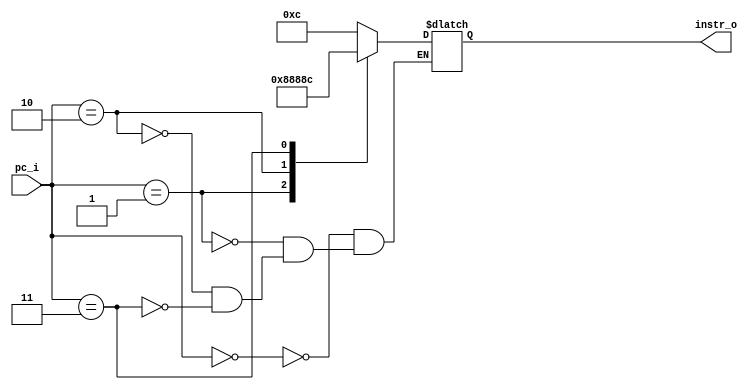
module inst_rom (
	//input clck,
	//input reset,
	input [7:0] pc_i,		
	output reg [7:0] instr_o
);

always@(*) begin 	// always * ?
	case (pc_i)
		// PROGRAM 1 - PRODUCT 
		2'h00: instr_o = 8'b00001100;	// otype rframe 0
		2'h01: instr_o = 8'b00001000;	// otype clear 0
		2'h02: instr_o = 8'b10001000;	// move 2 0
		2'h03: instr_o = 8'b10001100;	// move 3 0
		2'h04: instr_o = 8'b00110000;	// incdec 0 0 0 
		2'h05: instr_o = 8'b00001101;	// otype rframe 1
		2'h06: instr_o = 8'b00001000;	// otype clear 0
		2'h07: instr_o = 8'b01111000;	// seed 1 0 0
		2'h08: instr_o = 8'b10001000;	// move 2 0 
		2'h09: instr_o = 8'b10001100;	// move 3 0
		2'h0A: instr_o = 8'b00001100;	// otype rframe 0
		2'h0B: instr_o = 8'b10010100;	// load 1 0
		2'h0C: instr_o = 8'b00110000;	// incdec 0 0 0 
		2'h0D: instr_o = 8'b01110011;	// seed 0 1 1
		2'h0E: instr_o = 8'b10010100;	// load 1 0
		2'h0F: instr_o = 8'b00110000;	// incdec 0 0 0 
		//-- Set up conditional negation flag
		2'h10: instr_o = 8'b00001011;	// otype nset 1
		//-- Set jump(to) addresses
		2'h11: instr_o = 8'b10111100;	// focus 3 0
		2'h12: instr_o = 8'b11010001;	// upper 1
		2'h13: instr_o = 8'b11001000;	// lower 8 
		2'h14: instr_o = 8'b10111101;	// focus 3 1 
		2'h13: instr_o = 8'b11010001;	// upper 1
		2'h14: instr_o = 8'b11001110;	// lower 14
		//-- Setup overflow target
		2'h15: instr_o = 8'b10110110;	// focus 1 2 
		//-- LOOP1 $J0
		2'h16: instr_o = 8'b11110110;	// jumpif 1 2
		2'h17: instr_o = 8'b00000000;	// otype nop
		2'h18: instr_o = 8'b00011001;	// add 2 1
		2'h19: instr_o = 8'b00000110;	// otype ovrflw 0 
		2'h1A: instr_o = 8'b11110011; // jumpif 0 3
		2'h1B: instr_o = 8'b00111000;	// incdec 1 0 0
		//-- END1 $J1
		2'h1C: instr_o = 8'b10010100;	// load 1 0
		2'h1D: instr_o = 8'b00110000;	// incdec 0 0 0  
		2'h1E: instr_o = 8'b01110011; // seed 0 1 1
		2'h1F: instr_o = 8'b00001101;	// otype rframe 1
		2'h20: instr_o = 8'b00001000;	// otype clear 0
		2'h21: instr_o = 8'b00001100;	// otype rframe 0 
		//-- Setup jump(to) addresses
		2'h22: instr_o = 8'b10111110; // focus 3 2
		2'h23: instr_o = 8'b11010010;	// upper 2
		2'h24: instr_o = 8'b11001010;	// lower 10
		2'h25: instr_o = 8'b10111111;	// focus 3 3 
		2'h26: instr_o = 8'b11010011; // upper 3
		2'h27: instr_o = 8'b11000100;	// lower 4
		//-- LOOP2 $J2
		2'h28: instr_o = 8'b11111110;	// jumpif 3 2
		2'h29: instr_o = 8'b00000000;	// otype nop 
		2'h2A: instr_o = 8'b00001101; // otype rframe 1
		2'h2B: instr_o = 8'b00011110;	// add 3 2
		2'h2C: instr_o = 8'b00001100;	// otype rframe 0
		2'h2D: instr_o = 8'b10110111;	// focus 1 3 
		2'h2E: instr_o = 8'b00011110;	// add 3 2
		2'h2F: instr_o = 8'b00000110;	// otype ovrflw 0
		2'h30: instr_o = 8'b11111011;	// jumpif 2 3
		2'h31: instr_o = 8'b00111000;	// incdec 1 0 0 
		//-- END2 $J2
		2'h32: instr_o = 8'b00001101;	// otype rframe 1
		2'h33: instr_o = 8'b10110100;	// focus 1 0
		2'h34: instr_o = 8'b11000100;	// lower 4
		2'h35: instr_o = 8'b11010000;	// upper 0 
		2'h36: instr_o = 8'b10100011;	// store 0 3
		2'h37: instr_o = 8'b00001100;	// otype rframe 0
		2'h38: instr_o = 8'b10110000;	// focus 0 0
		2'h39: instr_o = 8'b11000101;	// lower 5
		2'h3A: instr_o = 8'b11010000;	// upper 0 
		2'h3B: instr_o = 8'b10100011;	// store 0 3
		2'h3C: instr_o = 8'b00000010;	// otype halt
		
		
		// PROGRAM 2 - STRING MATCH 
		2'h3D: instr_o = 8'b00001100;	// otype rframe 0
		2'h3E: instr_o = 8'b00001000;	// otype clear 0
		2'h3F: instr_o = 8'b10000100;	// move 1 0
		2'h40: instr_o = 8'b10001000;	// move 2 0
		2'h41: instr_o = 8'b10001100;	// move 3 0
		2'h42: instr_o = 8'b00001101;	// otype rframe 1
		2'h43: instr_o = 8'b00001000;	// otype clear 0
		2'h44: instr_o = 8'b10000100;	// move 1 0 
		//-- Store length of bit stream into $reg4
		2'h45: instr_o = 8'b10110100;	// focus 1 0 
		2'h46: instr_o = 8'b11010111;	// upper 3
		2'h47: instr_o = 8'b11001101;	// lower 13
		//-- Load pattern string from memory into $CL
		2'h48: instr_o = 8'b10110000;	// focus 0 0
		2'h49: instr_o = 8'b11000110;	// lower 6 
		2'h4A: instr_o = 8'b10010100;	// load 1 0
		2'h4B: instr_o = 8'b10110100;	// focus 1 0
		2'h4C: instr_o = 8'b11010000;	// upper 0
		//-- Initialize ptr = M[32], increment onwards
		2'h4D: instr_o = 8'b00001000;	// otype clear 0 
		2'h4E: instr_o = 8'b10110000;	// focus 0 0 
		2'h4F: instr_o = 8'b11010010;	// upper 2
		//-- Set jump(to) addresses 
		2'h50: instr_o = 8'b10111100;	// focus 3 0 
		2'h51: instr_o = 8'b11010001;	// upper 1 
		2'h52: instr_o = 8'b11001101;	// lower 13
		2'h53: instr_o = 8'b10111101;	// focus 3 1
		2'h54: instr_o = 8'b11010010;	// upper 2 
		2'h55: instr_o = 8'b11001101;	// lower 13
		2'h56: instr_o = 8'b10111110;	// focus 3 2
		2'h57: instr_o = 8'b11010010;	// upper 2
		2'h58: instr_o = 8'b11000110;	// lower 6 
		2'h59: instr_o = 8'b01110000; // seed 1 0 0
		//-- WHILE $J0
		2'h5A: instr_o = 8'b11110100;	// jumpif 1 0
		2'h5B: instr_o = 8'b01110000;	// seed 1 0 0
		2'h5C: instr_o = 8'b10011000;	// load 2 0  
		2'h5D: instr_o = 8'b10110010; // focus 0 2
		2'h5E: instr_o = 8'b01110101;	// seed 0 2 1
		2'h5F: instr_o = 8'b11101001;	// shift 4 1
		2'h60: instr_o = 8'b00001011;	// otype nset 1 
		2'h61: instr_o = 8'b11111000; // jumpif 2 0
		2'h62: instr_o = 8'b00111010;	// incdec 1 1 0
		//-- SKIP $J2
		2'h63: instr_o = 8'b00001100;	// otype rframe 0
		2'h64: instr_o = 8'b00110000;	// incdec 0 0 
		2'h65: instr_o = 8'b00110110; // incdec 0 3 0
		2'h66: instr_o = 8'b11110011;	// jumpif 0 3
		2'h67: instr_o = 8'b01111000;	// seed 1 0 0 
		//-- END_WHILE $J1
		2'h68: instr_o = 8'b00001101;	// otype rframe 1
		2'h69: instr_o = 8'b10110110; // focus 1 2 
		2'h6A: instr_o = 8'b11001001;	// lower 7
		2'h6B: instr_o = 8'b10101001;	// store 2 1
		2'h6C: instr_o = 8'b00000000;	// halt
	/*
		// PROGRAM 3 - CLOSEST PAIR
		2'h6D: instr_o = 8'b00011110;	// 
		2'h6E: instr_o = 8'b00000110;	// 
		2'h6F: instr_o = 8'b11111011;	// 
		2'h70: instr_o = 8'b00111000;	//  
		2'h71: instr_o = 8'b00001101;	// 
		2'h72: instr_o = 8'b10110100;	// 
		2'h73: instr_o = 8'b11000100;	// 
		2'h74: instr_o = 8'b11010000;	// 
		2'h75: instr_o = 8'b10100011;	// 
		2'h76: instr_o = 8'b00001100;	// 
		2'h77: instr_o = 8'b10110000;	// 
		2'h78: instr_o = 8'b11000101;	// 
		2'h79: instr_o = 8'b11010000;	// 
		2'h7A: instr_o = 8'b10100011;	// 
		2'h7B: instr_o = 8'b00000010;	//
		2'h7C: instr_o = 8'b00001100;	// 
		2'h7D: instr_o = 8'b00001000;	// 
		2'h7E: instr_o = 8'b10001000;	// 
		2'h7F: instr_o = 8'b10001100;	// 
		2'h80: instr_o = 8'b00110000;	//  
		2'h81: instr_o = 8'b00001101;	// 
		2'h82: instr_o = 8'b00001000;	// 
		2'h83: instr_o = 8'b01111000;	// 
		2'h84: instr_o = 8'b10001000;	//  
		2'h85: instr_o = 8'b10001100;	// 
		2'h86: instr_o = 8'b00001100;	// 
		2'h87: instr_o = 8'b10010100;	// 
		2'h88: instr_o = 8'b00110000;	//  
		2'h89: instr_o = 8'b01110011;	// 
		2'h8A: instr_o = 8'b10010100;	// 
		2'h8B: instr_o = 8'b00110000;	//  
		2'h8C: instr_o = 8'b00001011;	//  
		2'h8D: instr_o = 8'b10111100;	// 
		2'h8E: instr_o = 8'b11010001;	// 
		2'h8F: instr_o = 8'b11001000;	// 
		2'h90: instr_o = 8'b10111101;	//  
		2'h91: instr_o = 8'b11010001;	// 
		2'h92: instr_o = 8'b11001110;	// 
		2'h93: instr_o = 8'b10110110;	//  
		2'h94: instr_o = 8'b11110110;	// 
		2'h95: instr_o = 8'b00000000;	// 
		2'h96: instr_o = 8'b00011001;	// 
		2'h97: instr_o = 8'b00000110;	// 
		2'h98: instr_o = 8'b11110011; // 
		2'h99: instr_o = 8'b00111000;	//
		2'h9A: instr_o = 8'b10010100;	// 
		2'h9B: instr_o = 8'b00110000;	// 
		2'h9C: instr_o = 8'b01110011; // 
		2'h9D: instr_o = 8'b00001101;	//
		2'h9E: instr_o = 8'b00001000;	// 
		2'h9F: instr_o = 8'b00001100;	//
		2'hA0: instr_o = 8'b10111110; //
		2'hA1: instr_o = 8'b11010010;	// 
		2'hA2: instr_o = 8'b11001010;	// 
		2'hA3: instr_o = 8'b10111111;	// 
		2'hA4: instr_o = 8'b11010011; // 
		2'hA5: instr_o = 8'b11000100;	// 
		2'hA6: instr_o = 8'b11111110;	// 
		2'hA7: instr_o = 8'b00000000;	//
		2'hA8: instr_o = 8'b00001101; // 
		2'hA9: instr_o = 8'b00011110;	// 
		2'hAA: instr_o = 8'b00001100;	// 
		2'hAB: instr_o = 8'b10110111;	//  
		2'hAC: instr_o = 8'b00011110;	// 
		2'hAD: instr_o = 8'b00000110;	// 
		2'hAE: instr_o = 8'b11111011;	// 
		2'hAF: instr_o = 8'b00111000;	// 
		2'hB0: instr_o = 8'b00001101;	// 
		2'hB1: instr_o = 8'b10110100;	// 
		2'hB2: instr_o = 8'b11000100;	// 
		2'hB3: instr_o = 8'b11010000;	//
		2'hB4: instr_o = 8'b10100011;	//
		2'hB5: instr_o = 8'b00001100;	//
		2'hB6: instr_o = 8'b10110000;	// 
		2'hB7: instr_o = 8'b11000101;	// 
		2'hB8: instr_o = 8'b11010000;	// 
		2'hB9: instr_o = 8'b10100011;	//
		2'hBA: instr_o = 8'b00000010;	//		
		2'h3D: instr_o = 8'b00001100;	// 
		2'hBB: instr_o = 8'b00001000;	// 
		2'hBC: instr_o = 8'b10001000;	// 
		2'hBD: instr_o = 8'b10001100;	// 
		2'hBE: instr_o = 8'b00110000;	// 
		2'hBF: instr_o = 8'b00001101;	//
		2'hC0: instr_o = 8'b00001000;	//
		2'hC1: instr_o = 8'b01111000;	//
		2'hC2: instr_o = 8'b10001000;	//
		2'hC3: instr_o = 8'b10001100;	//
		2'hC4: instr_o = 8'b00001100;	//
		2'hC5: instr_o = 8'b10010100;	//
		2'hC6: instr_o = 8'b00110000;	// 
		2'hC7: instr_o = 8'b01110011;	// 
		2'hC8: instr_o = 8'b10010100;	// 
		2'hC9: instr_o = 8'b00110000;	// 
		2'hCA: instr_o = 8'b00001011;	// 
		2'hCB: instr_o = 8'b10111100;	// 
		2'hCC: instr_o = 8'b11010001;	// 
		2'hCD: instr_o = 8'b11001000;	//  
		2'hCE: instr_o = 8'b10111101;	// 
		2'hCF: instr_o = 8'b11010001;	// 
		2'hD0: instr_o = 8'b11001110;	// 
		2'hD1: instr_o = 8'b10110110;	// 
		2'hD2: instr_o = 8'b11110110;	// 
		2'hD3: instr_o = 8'b00000000;	// 
		2'hD4: instr_o = 8'b00011001;	// 
		2'hD5: instr_o = 8'b00000110;	// 
		2'hD6: instr_o = 8'b11110011; // 
		2'hD7: instr_o = 8'b00111000;	// 
		2'hD8: instr_o = 8'b10010100;	// 
		2'hD9: instr_o = 8'b00110000;	// 
		2'hDA: instr_o = 8'b01110011; // 
		2'hDB: instr_o = 8'b00001101;	// 
		2'hDC: instr_o = 8'b00001000;	// 
		2'hDD: instr_o = 8'b00001100;	// 
		2'hDE: instr_o = 8'b10111110; // 
		2'hDF: instr_o = 8'b11010010;	// 
		2'hE0: instr_o = 8'b11001010;	// 
		2'hE1: instr_o = 8'b10111111;	// 
		2'hE2: instr_o = 8'b11010011; // 
		2'hE3: instr_o = 8'b11000100;	// 
		2'hE4: instr_o = 8'b11111110;	// 
		2'hE5: instr_o = 8'b00000000;	// 
		2'hE6: instr_o = 8'b00001101; // 
		2'hE7: instr_o = 8'b00011110;	// 
		2'hE8: instr_o = 8'b00001100;	// 
		2'hE9: instr_o = 8'b10110111;	// 
		2'hEA: instr_o = 8'b00011110;	// 
		2'hEB: instr_o = 8'b00000110;	// 
		2'hEC: instr_o = 8'b11111011;	// 
		2'hED: instr_o = 8'b00111000;	// 
		2'hEE: instr_o = 8'b00001101;	// 
		2'hEF: instr_o = 8'b10110100;	// 
		2'hF0: instr_o = 8'b11000100;	// 
		2'hF1: instr_o = 8'b11010000;	// 
		2'hF2: instr_o = 8'b10100011;	// 
		2'hF3: instr_o = 8'b00001100;	// 
		2'hF4: instr_o = 8'b10110000;	// 
		2'hF5: instr_o = 8'b11000101;	// 
		2'hF6: instr_o = 8'b11010000;	// 
		2'hF7: instr_o = 8'b10100011;	// 
		2'hF8: instr_o = 8'b00000010;	//
		2'hF9: instr_o = 8'b00111000;	// 
		2'hFA: instr_o = 8'b00001101;	// 
		2'hFB: instr_o = 8'b10110100;	// 
		2'hFC: instr_o = 8'b11000100;	// 
		2'hFD: instr_o = 8'b11010000;	// 
		2'hFF: instr_o = 8'b10100011;	// LINE 255
*/
	endcase
end
endmodule